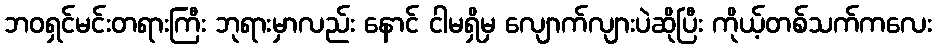
ဘဝရှင်မင်းတရားကြီး ဘုရားမှာလည်း နောင် ငါမရှိမှ လျောက်လျားပဲဆိုပြီး ကိုယ့်တစ်သက်ကလေး